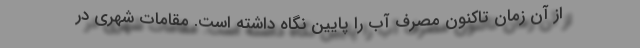
از آن زمان تاکنون مصرف ‌آب را پایین نگاه داشته است. مقامات شهری در